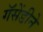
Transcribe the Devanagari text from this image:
गॅसेंडीने